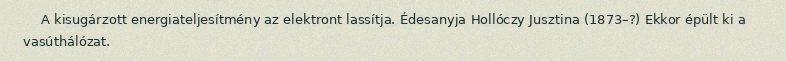
A kisugárzott energiateljesítmény az elektront lassítja. Édesanyja Hollóczy Jusztina (1873–?) Ekkor épült ki a vasúthálózat.